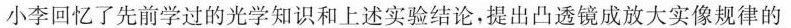
小李回忆了先前学过的光学知识和上述实验结论，提出凸透镜成放大实像规律的